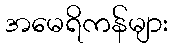
အမေရိကန်များ